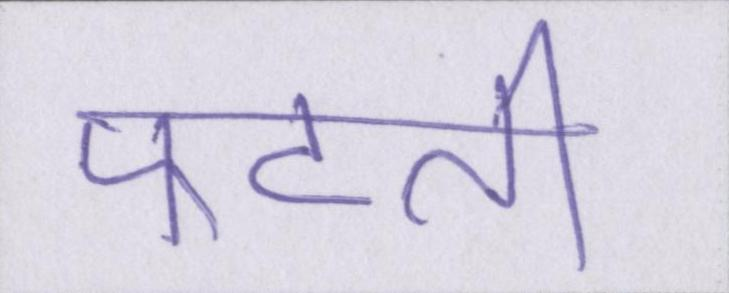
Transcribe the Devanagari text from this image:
फटती